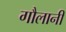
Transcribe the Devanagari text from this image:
गौलानी